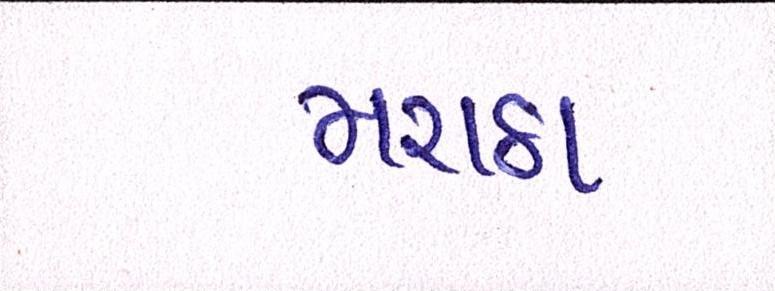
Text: મરાઠા